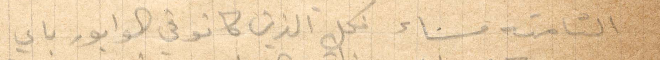
الثامنة مساء فكل الذين كانوا في الوابور باي